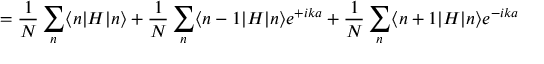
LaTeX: = { \frac { 1 } { N } } \sum _ { n } \langle n | H | n \rangle + { \frac { 1 } { N } } \sum _ { n } \langle n - 1 | H | n \rangle e ^ { + i k a } + { \frac { 1 } { N } } \sum _ { n } \langle n + 1 | H | n \rangle e ^ { - i k a }